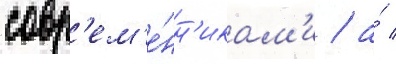
совр'ем'е́нн'икам'и / а́ /